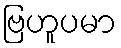
ဗြဟူပမာ